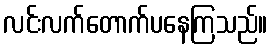
လင်းလက်တောက်ပနေကြသည်။